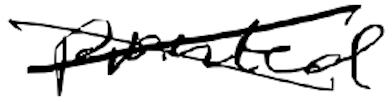
Text: printed
Cross-out: mix
Writing tool: digital_black